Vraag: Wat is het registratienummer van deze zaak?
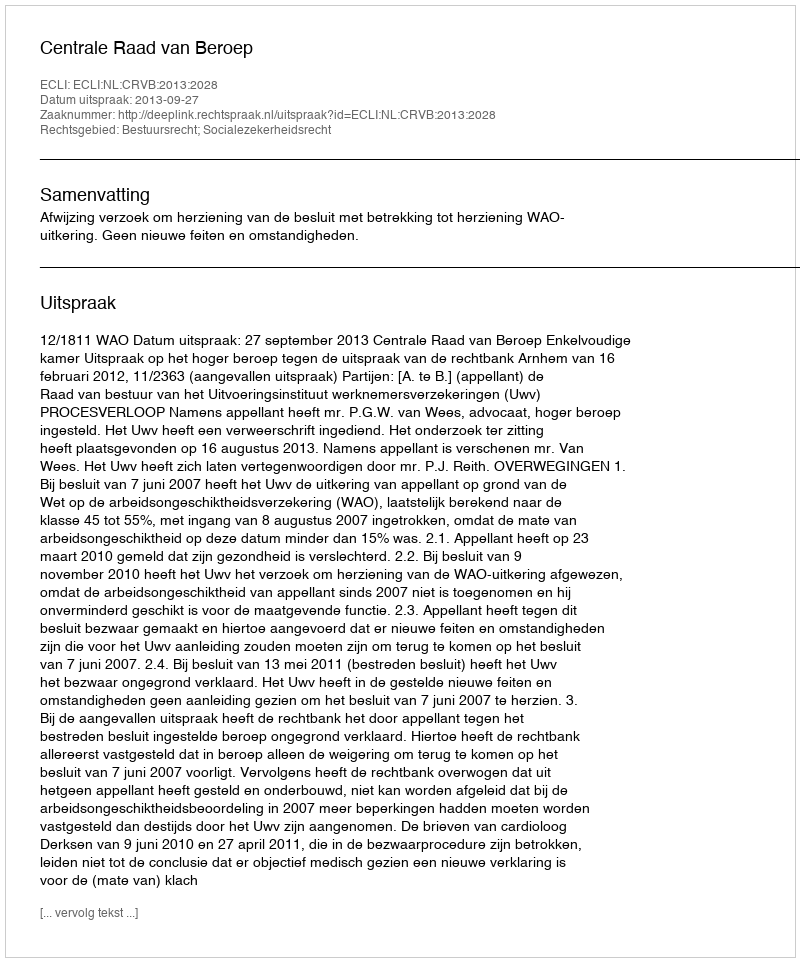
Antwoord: http://deeplink.rechtspraak.nl/uitspraak?id=ECLI:NL:CRVB:2013:2028